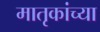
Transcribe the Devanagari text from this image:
मातृकांच्या